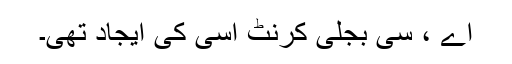
اے ، سی بجلی کرنٹ اسی کی ایجاد تھی۔